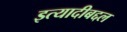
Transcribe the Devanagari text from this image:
इत्यादीबद्दल